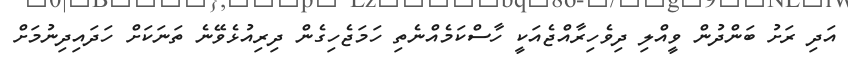
އަދި ރަށު ބަންދުން ވީއްލި ދިވެހިރާއްޖެއަކީ ހާސްކަމެއްނެތި ހަމަޖެހިގެން ދިރިއުޅެވޭނެ ތަނަކަށް ހަދައިދިނުމަށް